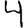
Digit: 4